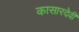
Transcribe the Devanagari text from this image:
कासारदेवी